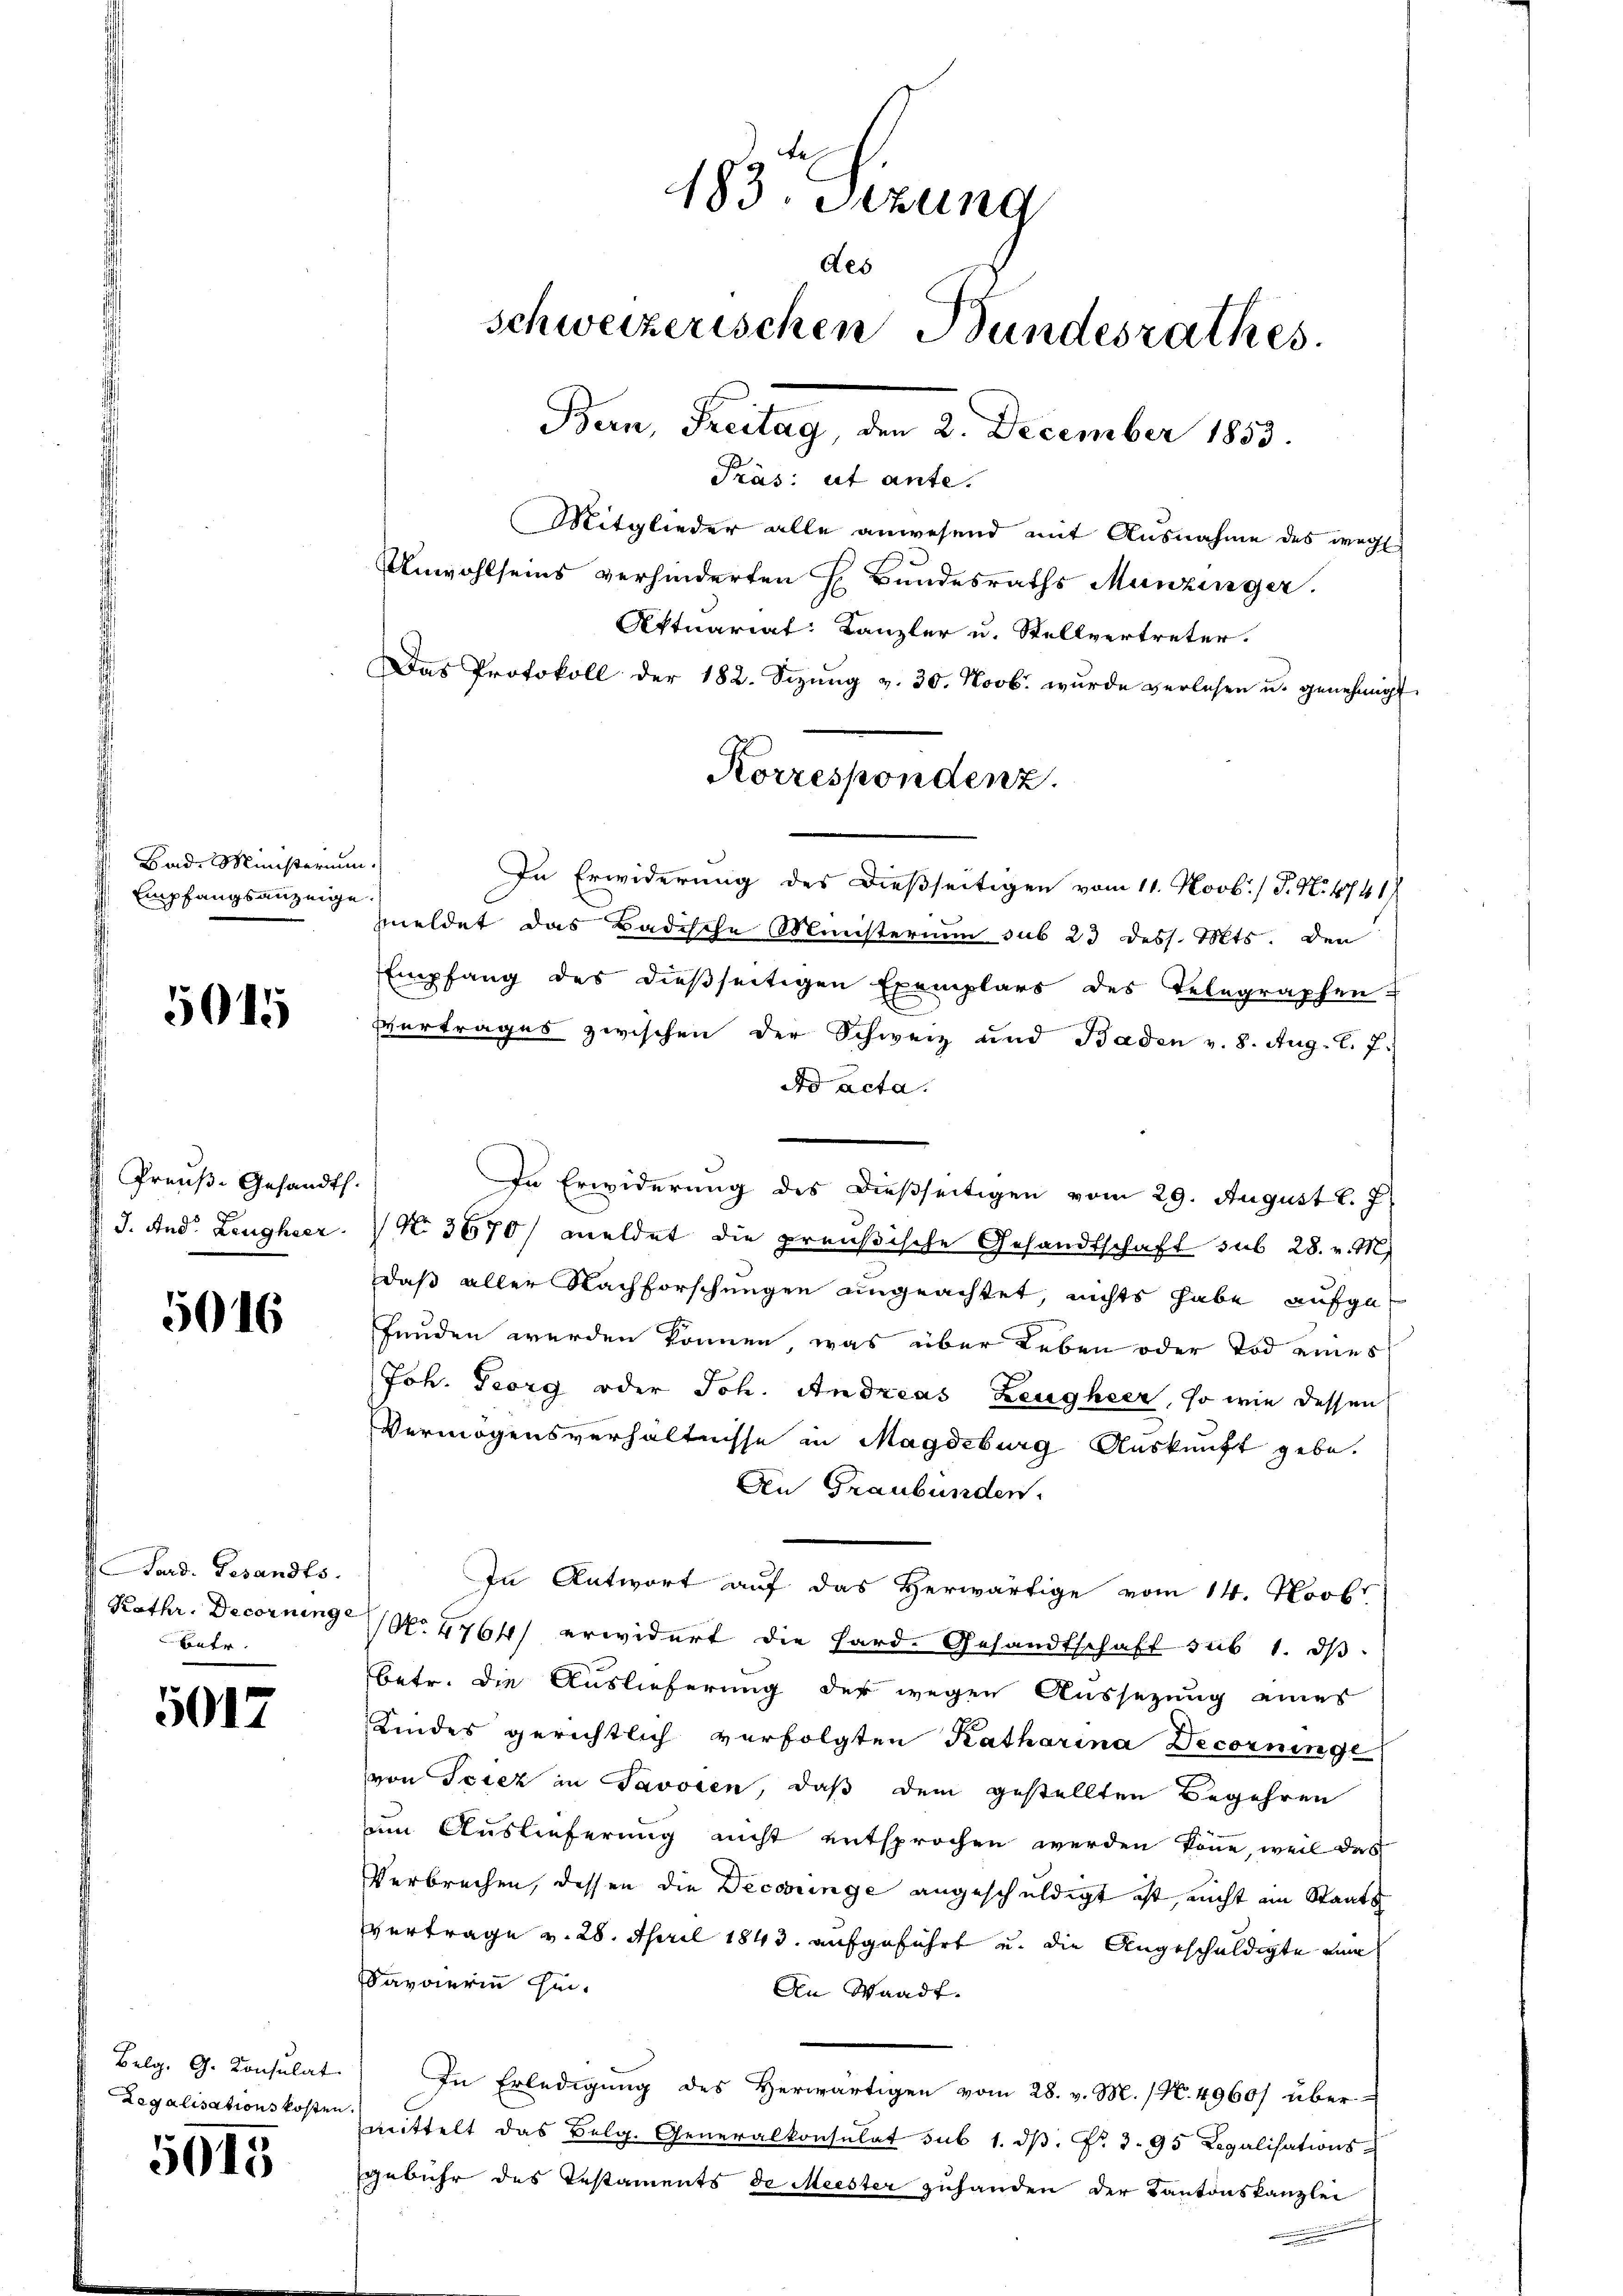
Bad. Ministerium.
Empfangsanzeige.

5015

Preuß. Gesandth.
 J. And. Leugheer.

5016

Sard. Gesandts
Betr.

5012

Belg. G. Consulat
Legalisationskosten

5015

Unwohlseins verhinderten H. Bundesraths Munzinger.
Aktuariat Kanzler u. Stellvertreter.
Das Protokoll der 182. Sizŭng v. 30. Novb. wurde verlesen u. genehmigt
In Erwiderung des dießseitigen vom 11. Novb. / P. Nr. 4741
meldet das Badische Ministerium sub 23 dess. Mts. den
Empfang des dießseitigen Exemplars des Telegraphen-
Vertrages zwischen der Schweiz und Baden v. 8. Aug. l. J.
do acta.
In Erwiderung des dießseitigen vom 29. August l. J.
No 3870/ meldet die preußische Gesandtschaft sub 28. v. M.
daß aller Nachforschungen angeachtet, nichts habe aufgefunden werden können, was über Leben oder Tod eines
Joh. Georg oder Joh. Andreas Zeugheer, so wie dessen
Vermögensverhältnisse in Magdeburg Auskunft gebe.
An Graubünden.
In Antwort auf das Herwärtige vom 14. Novbr
Kathr. Decorringe No 4764) erwidert die Hard-Gesandtschaft sub 1. dβ
betr. die Auslieferung der wegen Aussetzung eines
Kindes gerichtlich verfolgten Katharina Decorningl
von Torez in Savoren, daß dem gestellten Begehren
zum Auslieferung nicht entsprochen werden könne, weil das
Verbrechen, dessen die Decorringe angeschuldigt ist, nicht ein Staats
Vertrage v. 28. April 1843. aufgeführt u. die Angeschuldigte dem
Savverin sei.
An Waadt.
In Erledigŭng des herwärtigen vom 28. v. M. (N. 4960/ über-
mittelt das Belg. Generalkonsulat sub 1. dβ. Fr. 3. 95 Legalisations-
gebühr des Testaments de Meister zuhanden der Kantonskanzlei
.

183. Sizung
des
schweizerischen Bundesrathes.
Bern, Freitag, den 2. December 1853.
Präs: ut ante.
Mitglieder alle anwesend mit Ausnahme des weg

Korrespondenz.